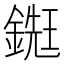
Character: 𨪹